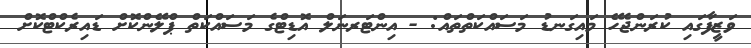
ވަޒީފާގައި ކުރަންޖެހޭ މައިގަނޑު މަސައްކަތްތައް: - އިންޓަރނަލް އޮޑިޓްގެ މަސައްކަތް ޕްލޭންކޮށް ޑައިރެކްޓްކޮށް